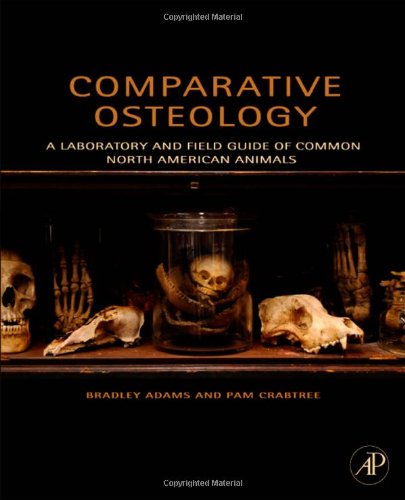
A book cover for Comparative Osteology: A Laboratory and Field Guide of Common North American Animals; Bradley Adams; Medical Books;